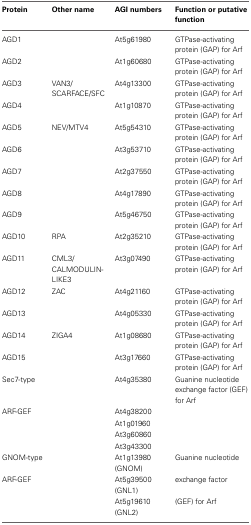
<table><thead><tr><td><b>Protein</b></td><td><b>Other name</b></td><td><b>AGI numbers</b></td><td><b>Function or putative function</b></td></tr></thead><tbody><tr><td>AGD1</td><td></td><td>At5g61980</td><td>GTPase-activating protein (GAP) for Arf</td></tr><tr><td>AGD2</td><td></td><td>At1g60680</td><td>GTPase-activating protein (GAP) for Arf</td></tr><tr><td>AGD3</td><td>VAN3/SCARFACE/SFC</td><td>At4g13300</td><td>GTPase-activating protein (GAP) for Arf</td></tr><tr><td>AGD4</td><td></td><td>At1g10870</td><td>GTPase-activating protein (GAP) for Arf</td></tr><tr><td>AGD5</td><td>NEV/MTV4</td><td>At5g54310</td><td>GTPase-activating protein (GAP) for Arf</td></tr><tr><td>AGD6</td><td></td><td>At3g53710</td><td>GTPase-activating protein (GAP) for Arf</td></tr><tr><td>AGD7</td><td></td><td>At2g37550</td><td>GTPase-activating protein (GAP) for Arf</td></tr><tr><td>AGD8</td><td></td><td>At4g17890</td><td>GTPase-activating protein (GAP) for Arf</td></tr><tr><td>AGD9</td><td></td><td>At5g46750</td><td>GTPase-activating protein (GAP) for Arf</td></tr><tr><td>AGD10</td><td>RPA</td><td>At2g35210</td><td>GTPase-activating protein (GAP) for Arf</td></tr><tr><td>AGD11</td><td>CML3/CALMODULIN-LIKE3</td><td>At3g07490</td><td>GTPase-activating protein (GAP) for Arf</td></tr><tr><td>AGD12</td><td>ZAC</td><td>At4g21160</td><td>GTPase-activating protein (GAP) for Arf</td></tr><tr><td>AGD13</td><td></td><td>At4g05330</td><td>GTPase-activating protein (GAP) for Arf</td></tr><tr><td>AGD14</td><td>ZIGA4</td><td>At1g08680</td><td>GTPase-activating protein (GAP) for Arf</td></tr><tr><td>AGD15</td><td></td><td>At3g17660</td><td>GTPase-activating protein (GAP) for Arf</td></tr><tr><td>Sec7-type</td><td></td><td>At4g35380</td><td>Guanine nucleotide exchange factor (GEF) for Arf</td></tr><tr><td>ARF-GEF</td><td></td><td>At4g38200</td><td></td></tr><tr><td></td><td></td><td>At1g01960</td><td></td></tr><tr><td></td><td></td><td>At3g60860</td><td></td></tr><tr><td></td><td></td><td>At3g43300</td><td></td></tr><tr><td>GNOM-type</td><td></td><td>At1g13980 (GNOM)</td><td>Guanine nucleotide</td></tr><tr><td>ARF-GEF</td><td></td><td>At5g39500 (GNL1)</td><td>exchange factor</td></tr><tr><td></td><td></td><td>At5g19610 (GNL2)</td><td>(GEF) for Arf</td></tr></tbody></table>